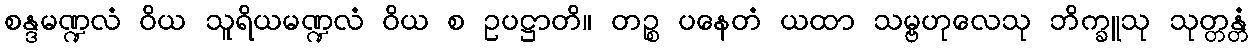
စန္ဒမဏ္ဍလံ ဝိယ သူရိယမဏ္ဍလံ ဝိယ စ ဥပဋ္ဌာတိ။ တဉ္စ ပနေတံ ယထာ သမ္ဗဟုလေသု ဘိက္ခူသု သုတ္တန္တံ